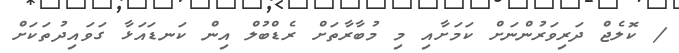
/ ކޮލެޖް ދަރިވަރުންނަށް ކަމަށާއި މި މުބާރާތަށް ރެޑްބުލް އިން ކަނޑައަޅާ ގަވައިދުތަކަށް